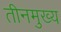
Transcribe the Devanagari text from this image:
तीनमुख्य